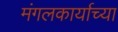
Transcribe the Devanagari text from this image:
मंगलकार्याच्या